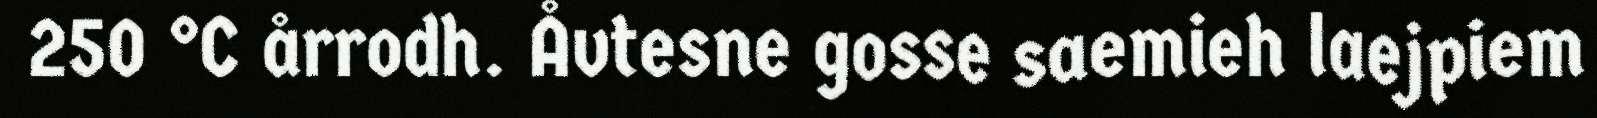
250 °C årrodh. Åvtesne gosse saemieh laejpiem